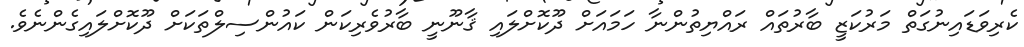
ކެރިވަޑައިނުގަތް މަރުކަޒީ ބާރުތައް ރައްޔިތުންނާ ހަމައަށް ދޫކޮށްލައި ޤާނޫނީ ބާރުވެރިކަން ކައުންސިލްތަކަށް ދޫކޮށްލައިގެންނެވެ.